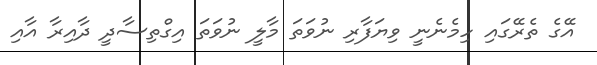
އޭގެ ތެރޭގައި ހިމެނެނީ ވިޔަފާރި ނުވަތަ މާލީ ނުވަތަ އިގްތިސާދީ ދާއިރާ އާއި